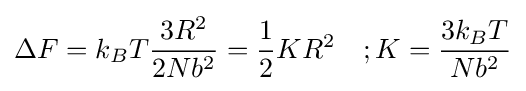
\Delta F=k_{B}T{\frac {3R^{2}}{2Nb^{2}}}={\frac {1}{2}}KR^{2}\quad ;K={\frac {3k_{B}T}{Nb^{2}}}